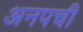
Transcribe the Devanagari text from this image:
अनपची